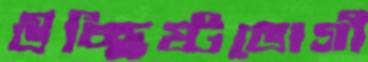
উচ্ছিষ্টভোগী